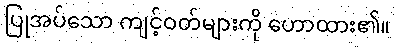
ပြုအပ်သော ကျင့်ဝတ်များကို ဟောထား၏။